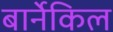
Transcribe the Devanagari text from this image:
बार्नेकिल